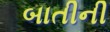
બાતીની